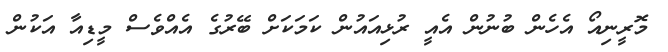
މޮރީނިއޯ އެހެން ބުނުން އެއީ ރުޅިއައުން ކަމަކަށް ބޭރުގެ އެއްވެސް މީޑިއާ އަކުން